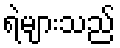
ရဲများသည်